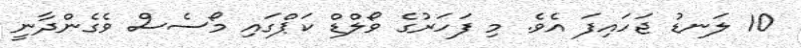
10 ލަނޑު ޖަހައިފަ އެވެ. މި ފަހަރުގެ ވޯލްޑް ކަޕްގައި މޯސެސް ވެގެންދާނީ